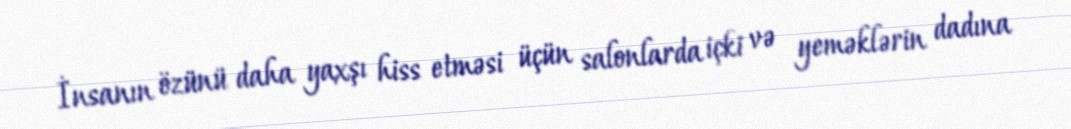
İnsanın özünü daha yaxşı hiss etməsi üçün salonlarda içki və yeməklərin dadına